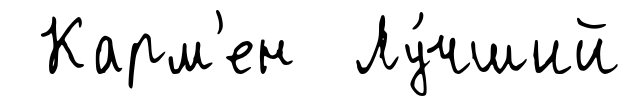
Карм'ен Лу́чший